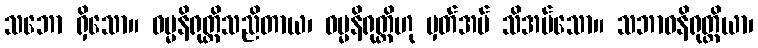
သဘော ရှိသော။ ဓမ္မနိရုတ္တိသညိတာယ၊ ဓမ္မနိရုတ္တိဟု မှတ်အပ် သိအပ်သော။ သဘာဝနိရုတ္တိယာ၊